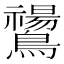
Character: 𪇚